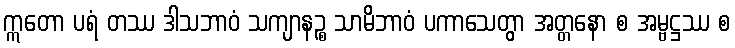
ဣတော ပရံ တဿ ဒါသဘာဝံ သကျာနဉ္စ သာမိဘာဝံ ပကာသေတွာ အတ္တနော စ အမ္ဗဋ္ဌဿ စ